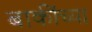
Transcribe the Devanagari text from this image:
बाकींच्या